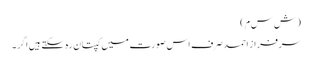
( ش س م)
سرفراز احمد صرف اس صورت میں کپتان رہ سکتے ہیں اگر ۔